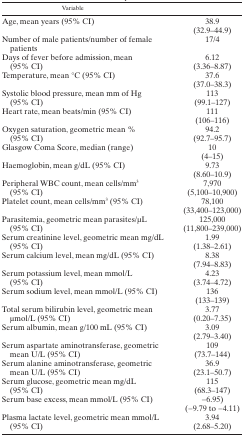
<table><thead><tr><td><b>Variable</b></td><td></td></tr></thead><tbody><tr><td>Age, mean years (95% CI)</td><td>38.9 (32.9–44.9)</td></tr><tr><td>Number of male patients/number of female patients</td><td>17/4</td></tr><tr><td>Days of fever before admission, mean (95% CI)</td><td>6.12 (3.36–8.87)</td></tr><tr><td>Temperature, mean °C (95% CI)</td><td>37.6 (37.0–38.3)</td></tr><tr><td>Systolic blood pressure, mean mm of Hg (95% CI)</td><td>113 (99.1–127)</td></tr><tr><td>Heart rate, mean beats/min (95% CI)</td><td>111 (106–116)</td></tr><tr><td>Oxygen saturation, geometric mean % (95% CI)</td><td>94.2 (92.7–95.7)</td></tr><tr><td>Glasgow Coma Score, median (range)</td><td>10 (4–15)</td></tr><tr><td>Haemoglobin, mean g/dL (95% CI)</td><td>9.73 (8.60–10.9)</td></tr><tr><td>Peripheral WBC count, mean cells/mm<sup>3</sup> (95% CI)</td><td>7,970 (5,100–10,900)</td></tr><tr><td>Platelet count, mean cells/mm<sup>3</sup> (95% CI)</td><td>78,100 (33,400–123,000)</td></tr><tr><td>Parasitemia, geometric mean parasites/μL (95% CI)</td><td>125,000 (11,800–239,000)</td></tr><tr><td>Serum creatinine level, geometric mean mg/dL (95% CI)</td><td>1.99 (1.38–2.61)</td></tr><tr><td>Serum calcium level, mean mg/dL (95% CI)</td><td>8.38 (7.94–8.83)</td></tr><tr><td>Serum potassium level, mean mmol/L (95% CI)</td><td>4.23 (3.74–4.72)</td></tr><tr><td>Serum sodium level, mean mmol/L (95% CI)</td><td>136 (133–139)</td></tr><tr><td>Total serum bilirubin level, geometric mean μmol/L (95% CI)</td><td>3.77 (0.20–7.35)</td></tr><tr><td>Serum albumin, mean g/100 mL (95% CI)</td><td>3.09 (2.79–3.40)</td></tr><tr><td>Serum aspartate aminotransferase, geometric mean U/L (95% CI)</td><td>109 (73.7–144)</td></tr><tr><td>Serum alanine aminotransferase, geometric mean U/L (95% CI)</td><td>36.9 (23.1–50.7)</td></tr><tr><td>Serum glucose, geometric mean mg/dL (95% CI)</td><td>115 (68.3–147)</td></tr><tr><td>Serum base excess, mean mmol/L (95% CI)</td><td>−6.95) (−9.79 to −4.11)</td></tr><tr><td>Plasma lactate level, geometric mean mmol/L (95% CI)</td><td>3.94 (2.68–5.20)</td></tr></tbody></table>